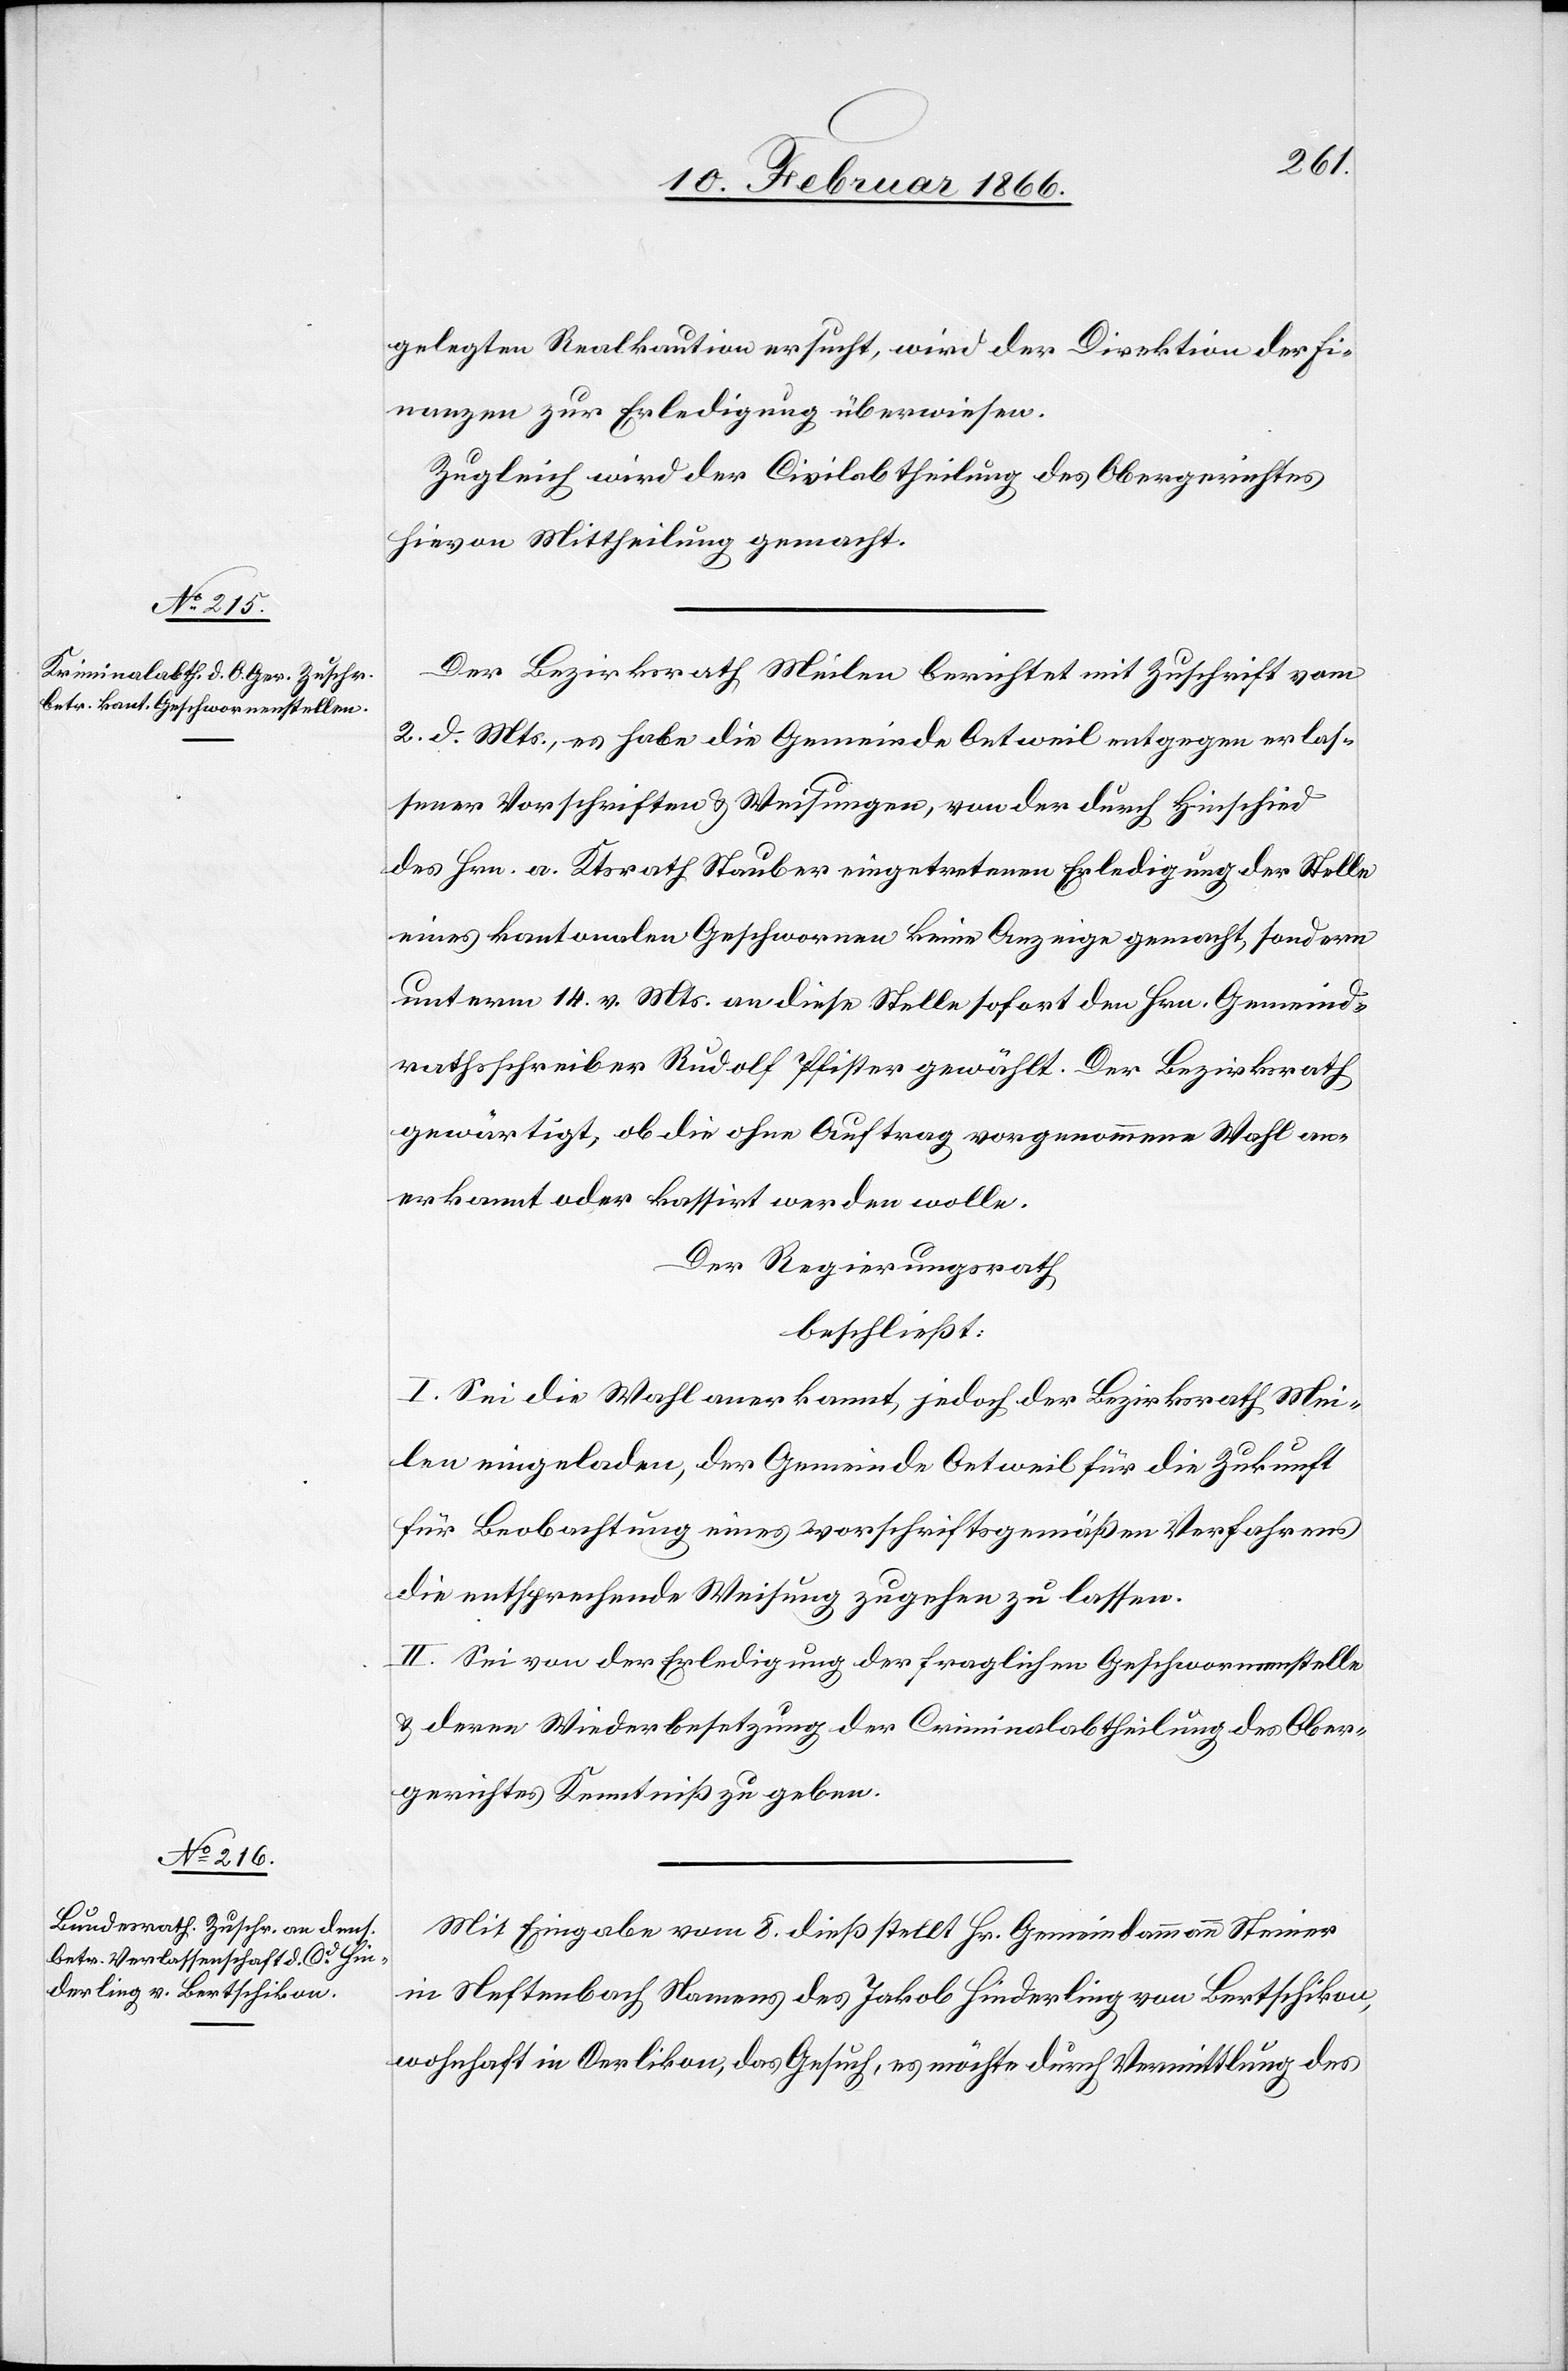
gelegten Realkaution ersucht, wird der Direktion der Fi¬
nanzen zur Erledigung überwiesen.
Zugleich wird der Civilabtheilung des Obergerichtes
hievon Mittheilung gemacht.
Der Bezirksrath Meilen berichtet mit Zuschrift vom
2. d. Mts., es habe die Gemeinde Oetweil entgegen erlas¬
sener Vorschriften u. Weisungen, von der durch Hinschied
des Hrn. a. Ktsrath Stauber eingetretenen Erledigung der Stelle
eines kantonalen Geschworenen keine Anzeige gemacht, sondern
unterm 14. v. Mts an diese Stelle sofort den Hrn. Gemeind¬
rathsschreiber Rudolf Pfister gewählt. Der Bezirksrath
gewärtigt, ob die ohne Auftrag vorgenommene Wahl an¬
erkannt oder kassirt werden wolle.
Der Regierungsrath,
beschließt:
I. Sei die Wahl anerkannt, jedoch der Bezirksrath Mei¬
len eingeladen, der Gemeinde Oetweil für die Zukunft
für Beobachtung eines vorschriftsgemäßen Verfahrens
die entsprechende Weisung zugehen zu lassen.
II. Sei von der Erledigung der fraglichen Geschworenenstelle
u. deren Widerbesetzung der Criminalabtheilung des Ober¬
gerichtes Kenntniß zu geben.
Mit Eingabe vom 8. dieß stellt Hr. Gemeindammann Steiner
in Neftenbach Namens des Jakob Hinderling von Bertschikon,
wohnhaft in Oerlikon, das Gesuch, es möchte durch Vermittlung des